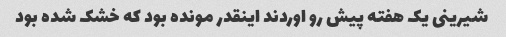
شیرینی یک هفته پیش رو اوردند اینقدر مونده بود که خشک شده بود